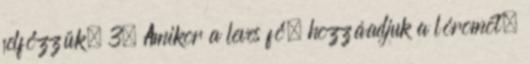
felfőzzük. 3. Amikor a leves fő, hozzáadjuk a lóromot,